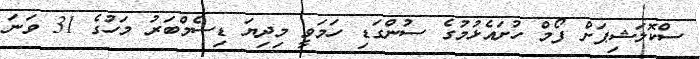
ސްކޮލަޝިޕަށް ފޯމް ހުށައެޅުމުގެ ސުންގަޑި ހަމަވީ މިދިޔަ ޑިސެމްބަރު މަހުގެ 31 ވަނަ